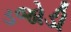
ડજોડી